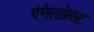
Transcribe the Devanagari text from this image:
एंगेलब्रेख्ट